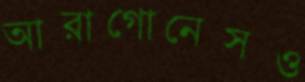
আরাগোনেসও